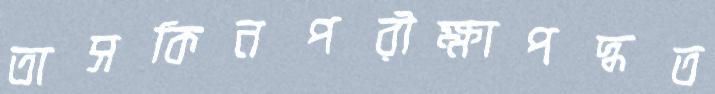
তাসকিনপরীক্ষাপদ্ধত